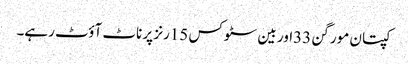
کپتان مورگن 33اور بین سٹوکس 15رنز پر ناٹ آؤٹ رہے۔